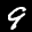
Label: 9